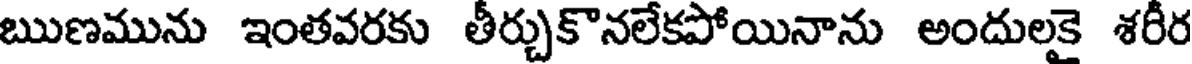
ఋణమును ఇంతవరకు తీర్చుకొనలేకపోయినాను అందులకై శరీర